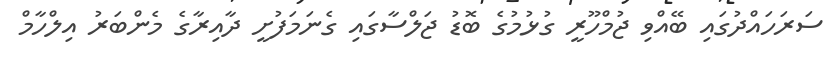
ސަރަހައްދުގައި ބޭއްވި ޖުމްހޫރީ ގުޅުމުގެ ބޮޑު ޖަލްސާގައި ގެނަމަފުށީ ދާއިރާގެ މެންބަރު އިލްހާމް